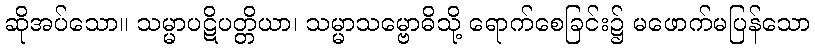
ဆိုအပ်သော။ သမ္မာပဋိပတ္တိယာ၊ သမ္မာသမ္ဗောဓိသို့ ရောက်စေခြင်း၌ မဖောက်မပြန်သော